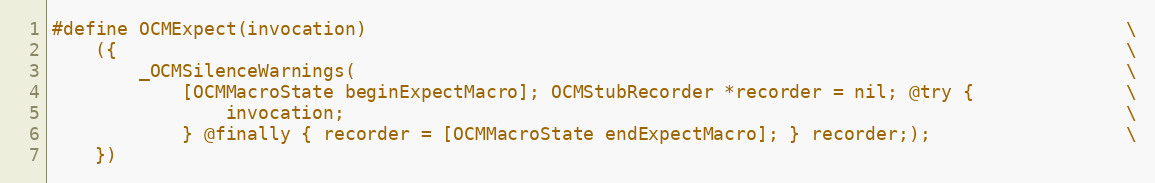
Language: C
#define OCMExpect(invocation)                                                                      \
    ({                                                                                             \
        _OCMSilenceWarnings(                                                                       \
            [OCMMacroState beginExpectMacro]; OCMStubRecorder *recorder = nil; @try {              \
                invocation;                                                                        \
            } @finally { recorder = [OCMMacroState endExpectMacro]; } recorder;);                  \
    })